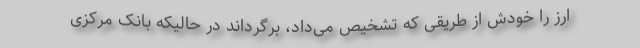
ارز را خودش از طریقی که تشخیص می‌داد، برگرداند در حالیکه بانک مرکزی